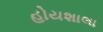
હોયશાલા